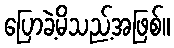
ပြောခဲ့မိသည့်အဖြစ်။